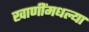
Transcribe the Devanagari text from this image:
खाणींमधल्या